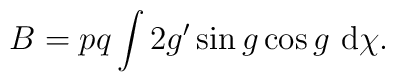
B = p q \int 2 g^\prime  \sin g \cos g~ {\rm d} \chi.